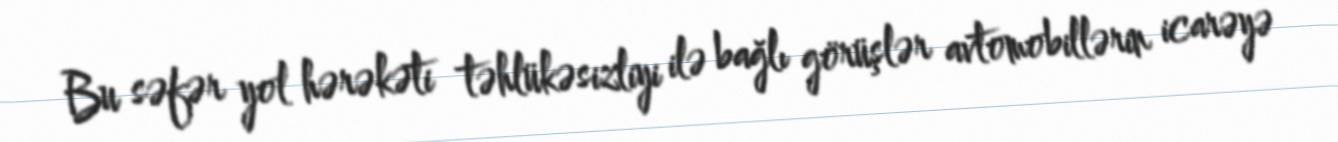
Bu səfər yol hərəkəti təhlükəsizliyi ilə bağlı görüşlər avtomobillərin icarəyə